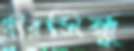
ধীরসিন্ধু